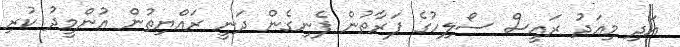
އަދި މިއަދު ރައީސް ސޯލިހުގެ ފަރާތުން ފެނިގެން ދަނީ ރައްޔިތުން އުންމީދު ކުރި